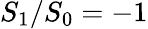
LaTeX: S_{1}/S_{0}=-1